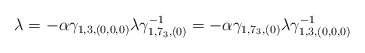
\begin{align*}\lambda = - \alpha \gamma_{1, 3, (0, 0, 0)} \lambda \gamma^{-1}_{1,7_3, (0)} = - \alpha \gamma_{1, 7_3, (0)} \lambda \gamma^{-1}_{1, 3,(0, 0, 0)}\end{align*}